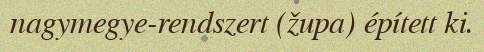
nagymegye-rendszert (župa) épített ki.